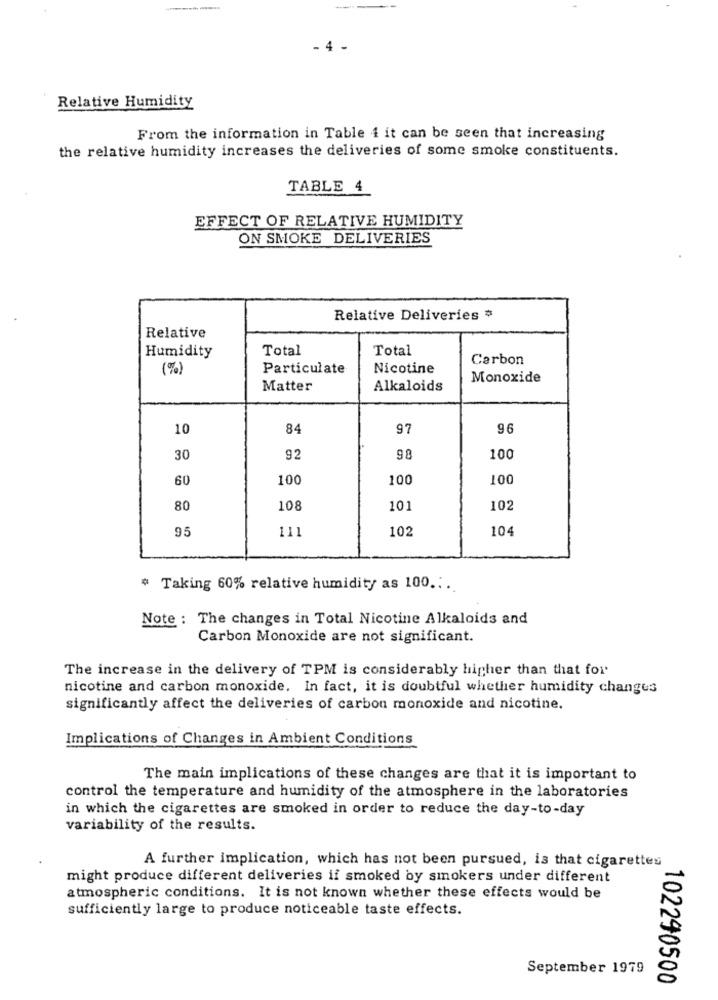
- 4 -
Relative Humidity
From the information in Table { it can be seen that increasing
the relative humidity increases the deliveries of some smoke constituents.
TABLE 4
EFFECT OF RELATIVE HUMIDITY
ON SMOKE DELIVERIES
Relative Deliveries #
Relative
Total
Total
Humidity
Carbon
(%)
Particulate
Nicotine
Monoxide
Matter
Alkaloids
10
84
97
96
30
92
98
100
60
100
100
100
80
108
101
102
95
111
102
104
# Taking 60% relative humidity as 100 ...
Note : The changes in Total Nicotine Alkaloids and
Carbon Monoxide are not significant.
The increase in the delivery of TPM is considerably higher than that for
nicotine and carbon monoxide. In fact, it is doubtful whether humidity changes
significantly affect the deliveries of carbon monoxide and nicotine.
Implications of Changes in Ambient Conditions
The main implications of these changes are that it is important to
control the temperature and humidity of the atmosphere in the laboratories
in which the cigarettes are smoked in order to reduce the day-to-day
variability of the results.
A further implication, which has not been pursued, is that cigarettes
might produce different deliveries if smoked by smokers under different
atmospheric conditions. It is not known whether these effects would be
sufficiently large to produce noticeable taste effects.
September 1979
102290500